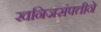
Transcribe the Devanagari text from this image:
खनिजसंपत्तीने